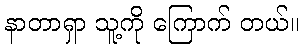
နာတာရှာ သူ့ကို ကြောက် တယ်။